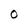
Character: O